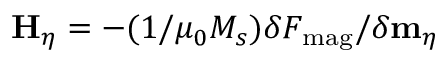
\mathbf { H } _ { \eta } = - ( 1 / \mu _ { 0 } M _ { s } ) \delta F _ { \mathrm { m a g } } / \delta \mathbf { m } _ { \eta }